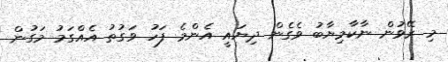
މި ރޭވުން ނާކާމިޔާބު ވެގެން ދިޔައީ އެންމެ ފަހު ވަގުތު އެއްގަމު މަގުން